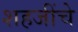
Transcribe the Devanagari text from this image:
शहजींचे